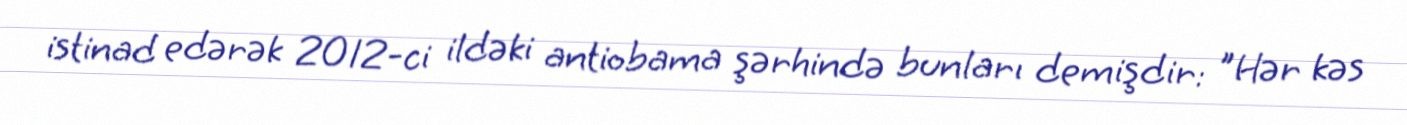
istinad edərək 2012-ci ildəki antiobama şərhində bunları demişdir: "Hər kəs